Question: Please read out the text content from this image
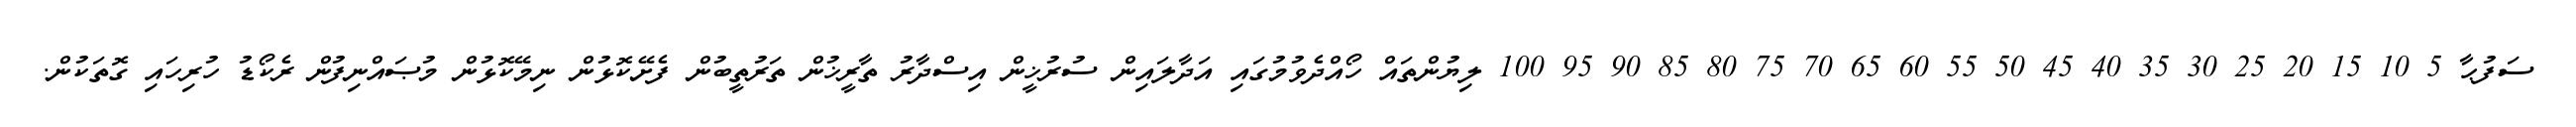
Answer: ސަފުޙާ 5 10 15 20 25 30 35 40 45 50 55 60 65 70 75 80 85 90 95 100 ލިޔުންތައް ހޯއްދެވުމުގައި އަދާލައިން ސުރުޚީން އިސްދާރު ތާރީޚުން ތަރުތީބުން ފެށޭކޮޅުން ނިމޭކޮޅުން މުޞައްނިފުން ރެކޯޑު ހުރިހައި ގޮތަކުން.